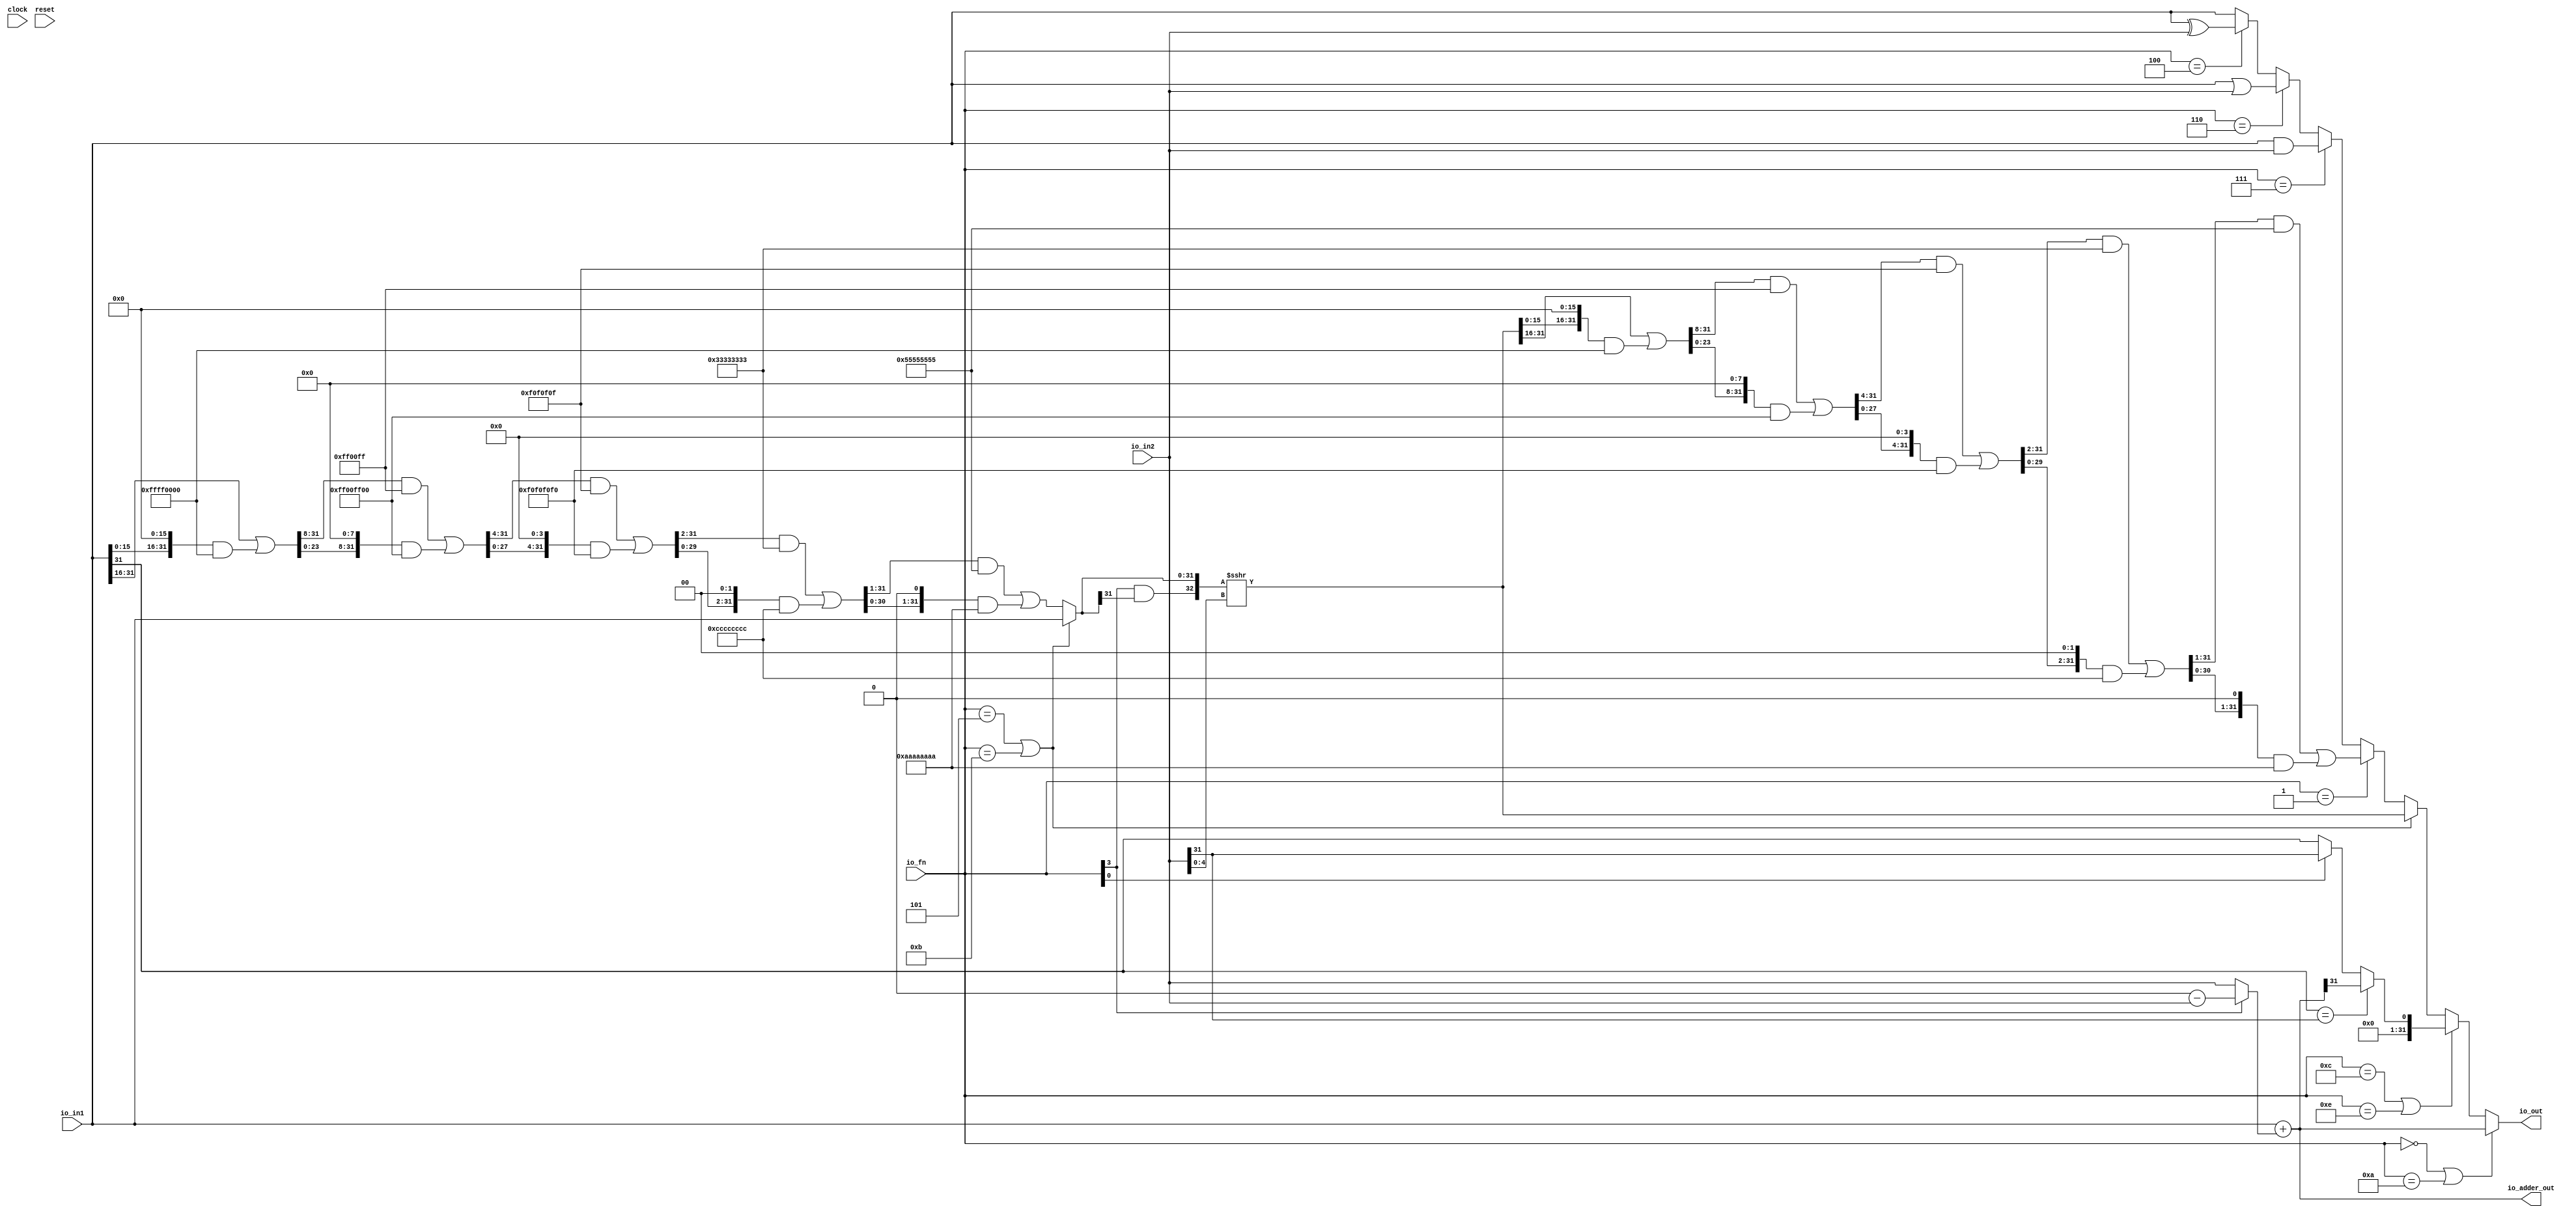
`ifdef RANDOMIZE_GARBAGE_ASSIGN
`define RANDOMIZE
`endif
`ifdef RANDOMIZE_INVALID_ASSIGN
`define RANDOMIZE
`endif
`ifdef RANDOMIZE_REG_INIT
`define RANDOMIZE
`endif
`ifdef RANDOMIZE_MEM_INIT
`define RANDOMIZE
`endif

module ALU(
  input   		 clock,
  input   		 reset,
  input  [3:0]  io_fn,
  input  [31:0] io_in2,
  input  [31:0] io_in1,
  output [31:0] io_out,
  output [31:0] io_adder_out
);
  wire  T_12;
  wire [32:0] T_14;
  wire [31:0] T_15;
  wire [31:0] T_16;
  wire [32:0] T_17;
  wire [31:0] sum;
  wire  T_18;
  wire  T_19;
  wire  T_20;
  wire  T_21;
  wire  T_22;
  wire  T_25;
  wire  less;
  wire [4:0] shamt;
  wire  T_26;
  wire  T_27;
  wire  T_28;
  wire [15:0] T_33;
  wire [31:0] T_34;
  wire [15:0] T_35;
  wire [31:0] GEN_0;
  wire [31:0] T_36;
  wire [31:0] T_38;
  wire [31:0] T_39;
  wire [23:0] T_43;
  wire [31:0] GEN_1;
  wire [31:0] T_44;
  wire [23:0] T_45;
  wire [31:0] GEN_2;
  wire [31:0] T_46;
  wire [31:0] T_48;
  wire [31:0] T_49;
  wire [27:0] T_53;
  wire [31:0] GEN_3;
  wire [31:0] T_54;
  wire [27:0] T_55;
  wire [31:0] GEN_4;
  wire [31:0] T_56;
  wire [31:0] T_58;
  wire [31:0] T_59;
  wire [29:0] T_63;
  wire [31:0] GEN_5;
  wire [31:0] T_64;
  wire [29:0] T_65;
  wire [31:0] GEN_6;
  wire [31:0] T_66;
  wire [31:0] T_68;
  wire [31:0] T_69;
  wire [30:0] T_73;
  wire [31:0] GEN_7;
  wire [31:0] T_74;
  wire [30:0] T_75;
  wire [31:0] GEN_8;
  wire [31:0] T_76;
  wire [31:0] T_78;
  wire [31:0] T_79;
  wire [31:0] shin;
  wire  T_81;
  wire  T_82;
  wire [32:0] T_83;
  wire [32:0] T_84;
  wire [32:0] T_85;
  wire [31:0] shout_r;
  wire [15:0] T_90;
  wire [31:0] T_91;
  wire [15:0] T_92;
  wire [31:0] GEN_9;
  wire [31:0] T_93;
  wire [31:0] T_95;
  wire [31:0] T_96;
  wire [23:0] T_100;
  wire [31:0] GEN_10;
  wire [31:0] T_101;
  wire [23:0] T_102;
  wire [31:0] GEN_11;
  wire [31:0] T_103;
  wire [31:0] T_105;
  wire [31:0] T_106;
  wire [27:0] T_110;
  wire [31:0] GEN_12;
  wire [31:0] T_111;
  wire [27:0] T_112;
  wire [31:0] GEN_13;
  wire [31:0] T_113;
  wire [31:0] T_115;
  wire [31:0] T_116;
  wire [29:0] T_120;
  wire [31:0] GEN_14;
  wire [31:0] T_121;
  wire [29:0] T_122;
  wire [31:0] GEN_15;
  wire [31:0] T_123;
  wire [31:0] T_125;
  wire [31:0] T_126;
  wire [30:0] T_130;
  wire [31:0] GEN_16;
  wire [31:0] T_131;
  wire [30:0] T_132;
  wire [31:0] GEN_17;
  wire [31:0] T_133;
  wire [31:0] T_135;
  wire [31:0] shout_l;
  wire  T_136;
  wire [31:0] T_137;
  wire  T_138;
  wire [31:0] T_139;
  wire  T_140;
  wire [31:0] T_141;
  wire [31:0] T_142;
  wire [31:0] T_143;
  wire [31:0] bitwise_logic;
  wire  T_144;
  wire  T_145;
  wire  T_146;
  wire  T_147;
  wire  T_148;
  wire  T_149;
  wire  T_153;
  wire [31:0] T_154;
  wire [31:0] T_155;
  wire [31:0] T_157;
  wire [31:0] out_xpr_length;
  assign io_out = out_xpr_length;
  assign io_adder_out = sum;
  assign T_12 = io_fn[3];
  assign T_14 = 32'h0 - io_in2;
  assign T_15 = T_14[31:0];
  assign T_16 = T_12 ? T_15 : io_in2;
  assign T_17 = io_in1 + T_16;
  assign sum = T_17[31:0];
  assign T_18 = io_in1[31];
  assign T_19 = io_in2[31];
  assign T_20 = T_18 == T_19;
  assign T_21 = sum[31];
  assign T_22 = io_fn[0];
  assign T_25 = T_22 ? T_19 : T_18;
  assign less = T_20 ? T_21 : T_25;
  assign shamt = io_in2[4:0];
  assign T_26 = io_fn == 4'h5;
  assign T_27 = io_fn == 4'hb;
  assign T_28 = T_26 | T_27;
  assign T_33 = io_in1[31:16];
  assign T_34 = {{16'd0}, T_33};
  assign T_35 = io_in1[15:0];
  assign GEN_0 = {{16'd0}, T_35};
  assign T_36 = GEN_0 << 16;
  assign T_38 = T_36 & 32'hffff0000;
  assign T_39 = T_34 | T_38;
  assign T_43 = T_39[31:8];
  assign GEN_1 = {{8'd0}, T_43};
  assign T_44 = GEN_1 & 32'hff00ff;
  assign T_45 = T_39[23:0];
  assign GEN_2 = {{8'd0}, T_45};
  assign T_46 = GEN_2 << 8;
  assign T_48 = T_46 & 32'hff00ff00;
  assign T_49 = T_44 | T_48;
  assign T_53 = T_49[31:4];
  assign GEN_3 = {{4'd0}, T_53};
  assign T_54 = GEN_3 & 32'hf0f0f0f;
  assign T_55 = T_49[27:0];
  assign GEN_4 = {{4'd0}, T_55};
  assign T_56 = GEN_4 << 4;
  assign T_58 = T_56 & 32'hf0f0f0f0;
  assign T_59 = T_54 | T_58;
  assign T_63 = T_59[31:2];
  assign GEN_5 = {{2'd0}, T_63};
  assign T_64 = GEN_5 & 32'h33333333;
  assign T_65 = T_59[29:0];
  assign GEN_6 = {{2'd0}, T_65};
  assign T_66 = GEN_6 << 2;
  assign T_68 = T_66 & 32'hcccccccc;
  assign T_69 = T_64 | T_68;
  assign T_73 = T_69[31:1];
  assign GEN_7 = {{1'd0}, T_73};
  assign T_74 = GEN_7 & 32'h55555555;
  assign T_75 = T_69[30:0];
  assign GEN_8 = {{1'd0}, T_75};
  assign T_76 = GEN_8 << 1;
  assign T_78 = T_76 & 32'haaaaaaaa;
  assign T_79 = T_74 | T_78;
  assign shin = T_28 ? io_in1 : T_79;
  assign T_81 = shin[31];
  assign T_82 = T_12 & T_81;
  assign T_83 = {T_82,shin};
  assign T_84 = $signed(T_83);
  assign T_85 = $signed(T_84) >>> shamt;
  assign shout_r = T_85[31:0];
  assign T_90 = shout_r[31:16];
  assign T_91 = {{16'd0}, T_90};
  assign T_92 = shout_r[15:0];
  assign GEN_9 = {{16'd0}, T_92};
  assign T_93 = GEN_9 << 16;
  assign T_95 = T_93 & 32'hffff0000;
  assign T_96 = T_91 | T_95;
  assign T_100 = T_96[31:8];
  assign GEN_10 = {{8'd0}, T_100};
  assign T_101 = GEN_10 & 32'hff00ff;
  assign T_102 = T_96[23:0];
  assign GEN_11 = {{8'd0}, T_102};
  assign T_103 = GEN_11 << 8;
  assign T_105 = T_103 & 32'hff00ff00;
  assign T_106 = T_101 | T_105;
  assign T_110 = T_106[31:4];
  assign GEN_12 = {{4'd0}, T_110};
  assign T_111 = GEN_12 & 32'hf0f0f0f;
  assign T_112 = T_106[27:0];
  assign GEN_13 = {{4'd0}, T_112};
  assign T_113 = GEN_13 << 4;
  assign T_115 = T_113 & 32'hf0f0f0f0;
  assign T_116 = T_111 | T_115;
  assign T_120 = T_116[31:2];
  assign GEN_14 = {{2'd0}, T_120};
  assign T_121 = GEN_14 & 32'h33333333;
  assign T_122 = T_116[29:0];
  assign GEN_15 = {{2'd0}, T_122};
  assign T_123 = GEN_15 << 2;
  assign T_125 = T_123 & 32'hcccccccc;
  assign T_126 = T_121 | T_125;
  assign T_130 = T_126[31:1];
  assign GEN_16 = {{1'd0}, T_130};
  assign T_131 = GEN_16 & 32'h55555555;
  assign T_132 = T_126[30:0];
  assign GEN_17 = {{1'd0}, T_132};
  assign T_133 = GEN_17 << 1;
  assign T_135 = T_133 & 32'haaaaaaaa;
  assign shout_l = T_131 | T_135;
  assign T_136 = io_fn == 4'h7;
  assign T_137 = io_in1 & io_in2;
  assign T_138 = io_fn == 4'h6;
  assign T_139 = io_in1 | io_in2;
  assign T_140 = io_fn == 4'h4;
  assign T_141 = io_in1 ^ io_in2;
  assign T_142 = T_140 ? T_141 : io_in1;
  assign T_143 = T_138 ? T_139 : T_142;
  assign bitwise_logic = T_136 ? T_137 : T_143;
  assign T_144 = io_fn == 4'h0;
  assign T_145 = io_fn == 4'ha;
  assign T_146 = T_144 | T_145;
  assign T_147 = io_fn == 4'hc;
  assign T_148 = io_fn == 4'he;
  assign T_149 = T_147 | T_148;
  assign T_153 = io_fn == 4'h1;
  assign T_154 = T_153 ? shout_l : bitwise_logic;
  assign T_155 = T_28 ? shout_r : T_154;
  assign T_157 = T_149 ? {{31'd0}, less} : T_155;
  assign out_xpr_length = T_146 ? sum : T_157;
endmodule